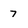
Character: 7